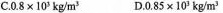
c.0.8×10^{3}kg/m^{3}D.0.85×10^{3}kg/m^{3}